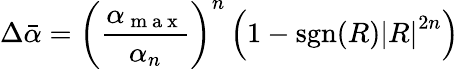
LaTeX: \Delta\bar{\alpha}=\left(\frac{\alpha_{\mathrm{~m~a~x~}}}{\alpha_{n}}\right)^{n}\left(1-\mathrm{sgn}(R){\left|R\right|}^{2n}\right)